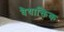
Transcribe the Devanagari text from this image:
वैयाक्तिक